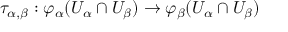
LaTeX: \tau _ { \alpha , \beta } : \varphi _ { \alpha } ( U _ { \alpha } \cap U _ { \beta } ) \to \varphi _ { \beta } ( U _ { \alpha } \cap U _ { \beta } )